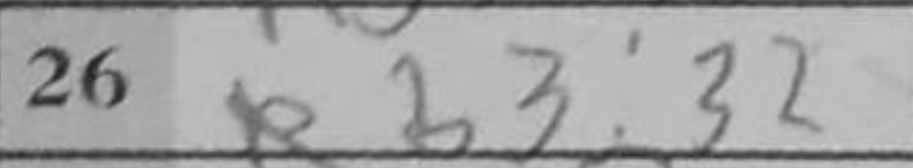
Transcription: Rb3